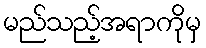
မည်သည့်အရာကိုမှ